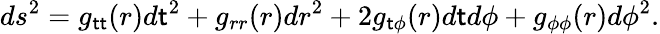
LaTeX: ds^{2}=g_{\mathsf{t}\mathsf{t}}(r)d\mathsf{t}^{2}+g_{rr}(r)dr^{2}+2g_{\mathsf{t}\phi}(r)d\mathsf{t}d\phi+g_{\phi\phi}(r)d\phi^{2}.